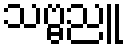
သဗ္ဗညူ